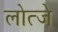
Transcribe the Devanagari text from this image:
लोत्जे